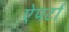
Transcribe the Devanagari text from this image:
ऐपर्टा